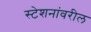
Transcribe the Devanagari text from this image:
स्टेशनांवरील